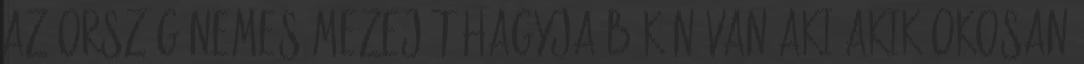
az ország nemes mezejét hagyja békén Van aki-akik okosan